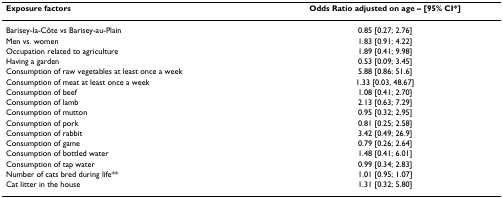
| Exposure factors | Odds Ratio adjusted on age – [95% CI*] |
 | --- | --- |
 | Barisey-la-Côte vs Barisey-au-Plain | 0.85 [0.27; 2.76] |
 | Men vs. women | 1.83 [0.91; 4.22] |
 | Occupation related to agriculture | 1.89 [0.41; 9.98] |
 | Having a garden | 0.53 [0.09; 3.45] |
 | Consumption of raw vegetables at least once a week | 5.88 [0.86; 51.6] |
 | Consumption of meat at least once a week | 1.33 [0.03, 48.67] |
 | Consumption of beef | 1.08 [0.41; 2.70] |
 | Consumption of lamb | 2.13 [0.63; 7.29] |
 | Consumption of mutton | 0.95 [0.32; 2.95] |
 | Consumption of pork | 0.81 [0.25; 2.58] |
 | Consumption of rabbit | 3.42 [0.49; 26.9] |
 | Consumption of game | 0.79 [0.26; 2.64] |
 | Consumption of bottled water | 1.48 [0.41; 6.01] |
 | Consumption of tap water | 0.99 [0.34; 2.83] |
 | Number of cats bred during life** | 1.01 [0.95; 1.07] |
 | Cat litter in the house | 1.31 [0.32; 5.80] |